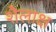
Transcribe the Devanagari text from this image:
शैलाक्ष